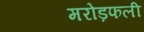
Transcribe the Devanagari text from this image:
मरोड़फली